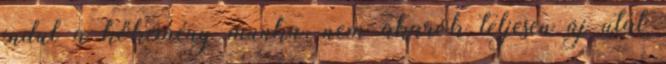
indul a kőkemény munka, nem akarok teljesen új utat